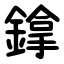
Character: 鎿